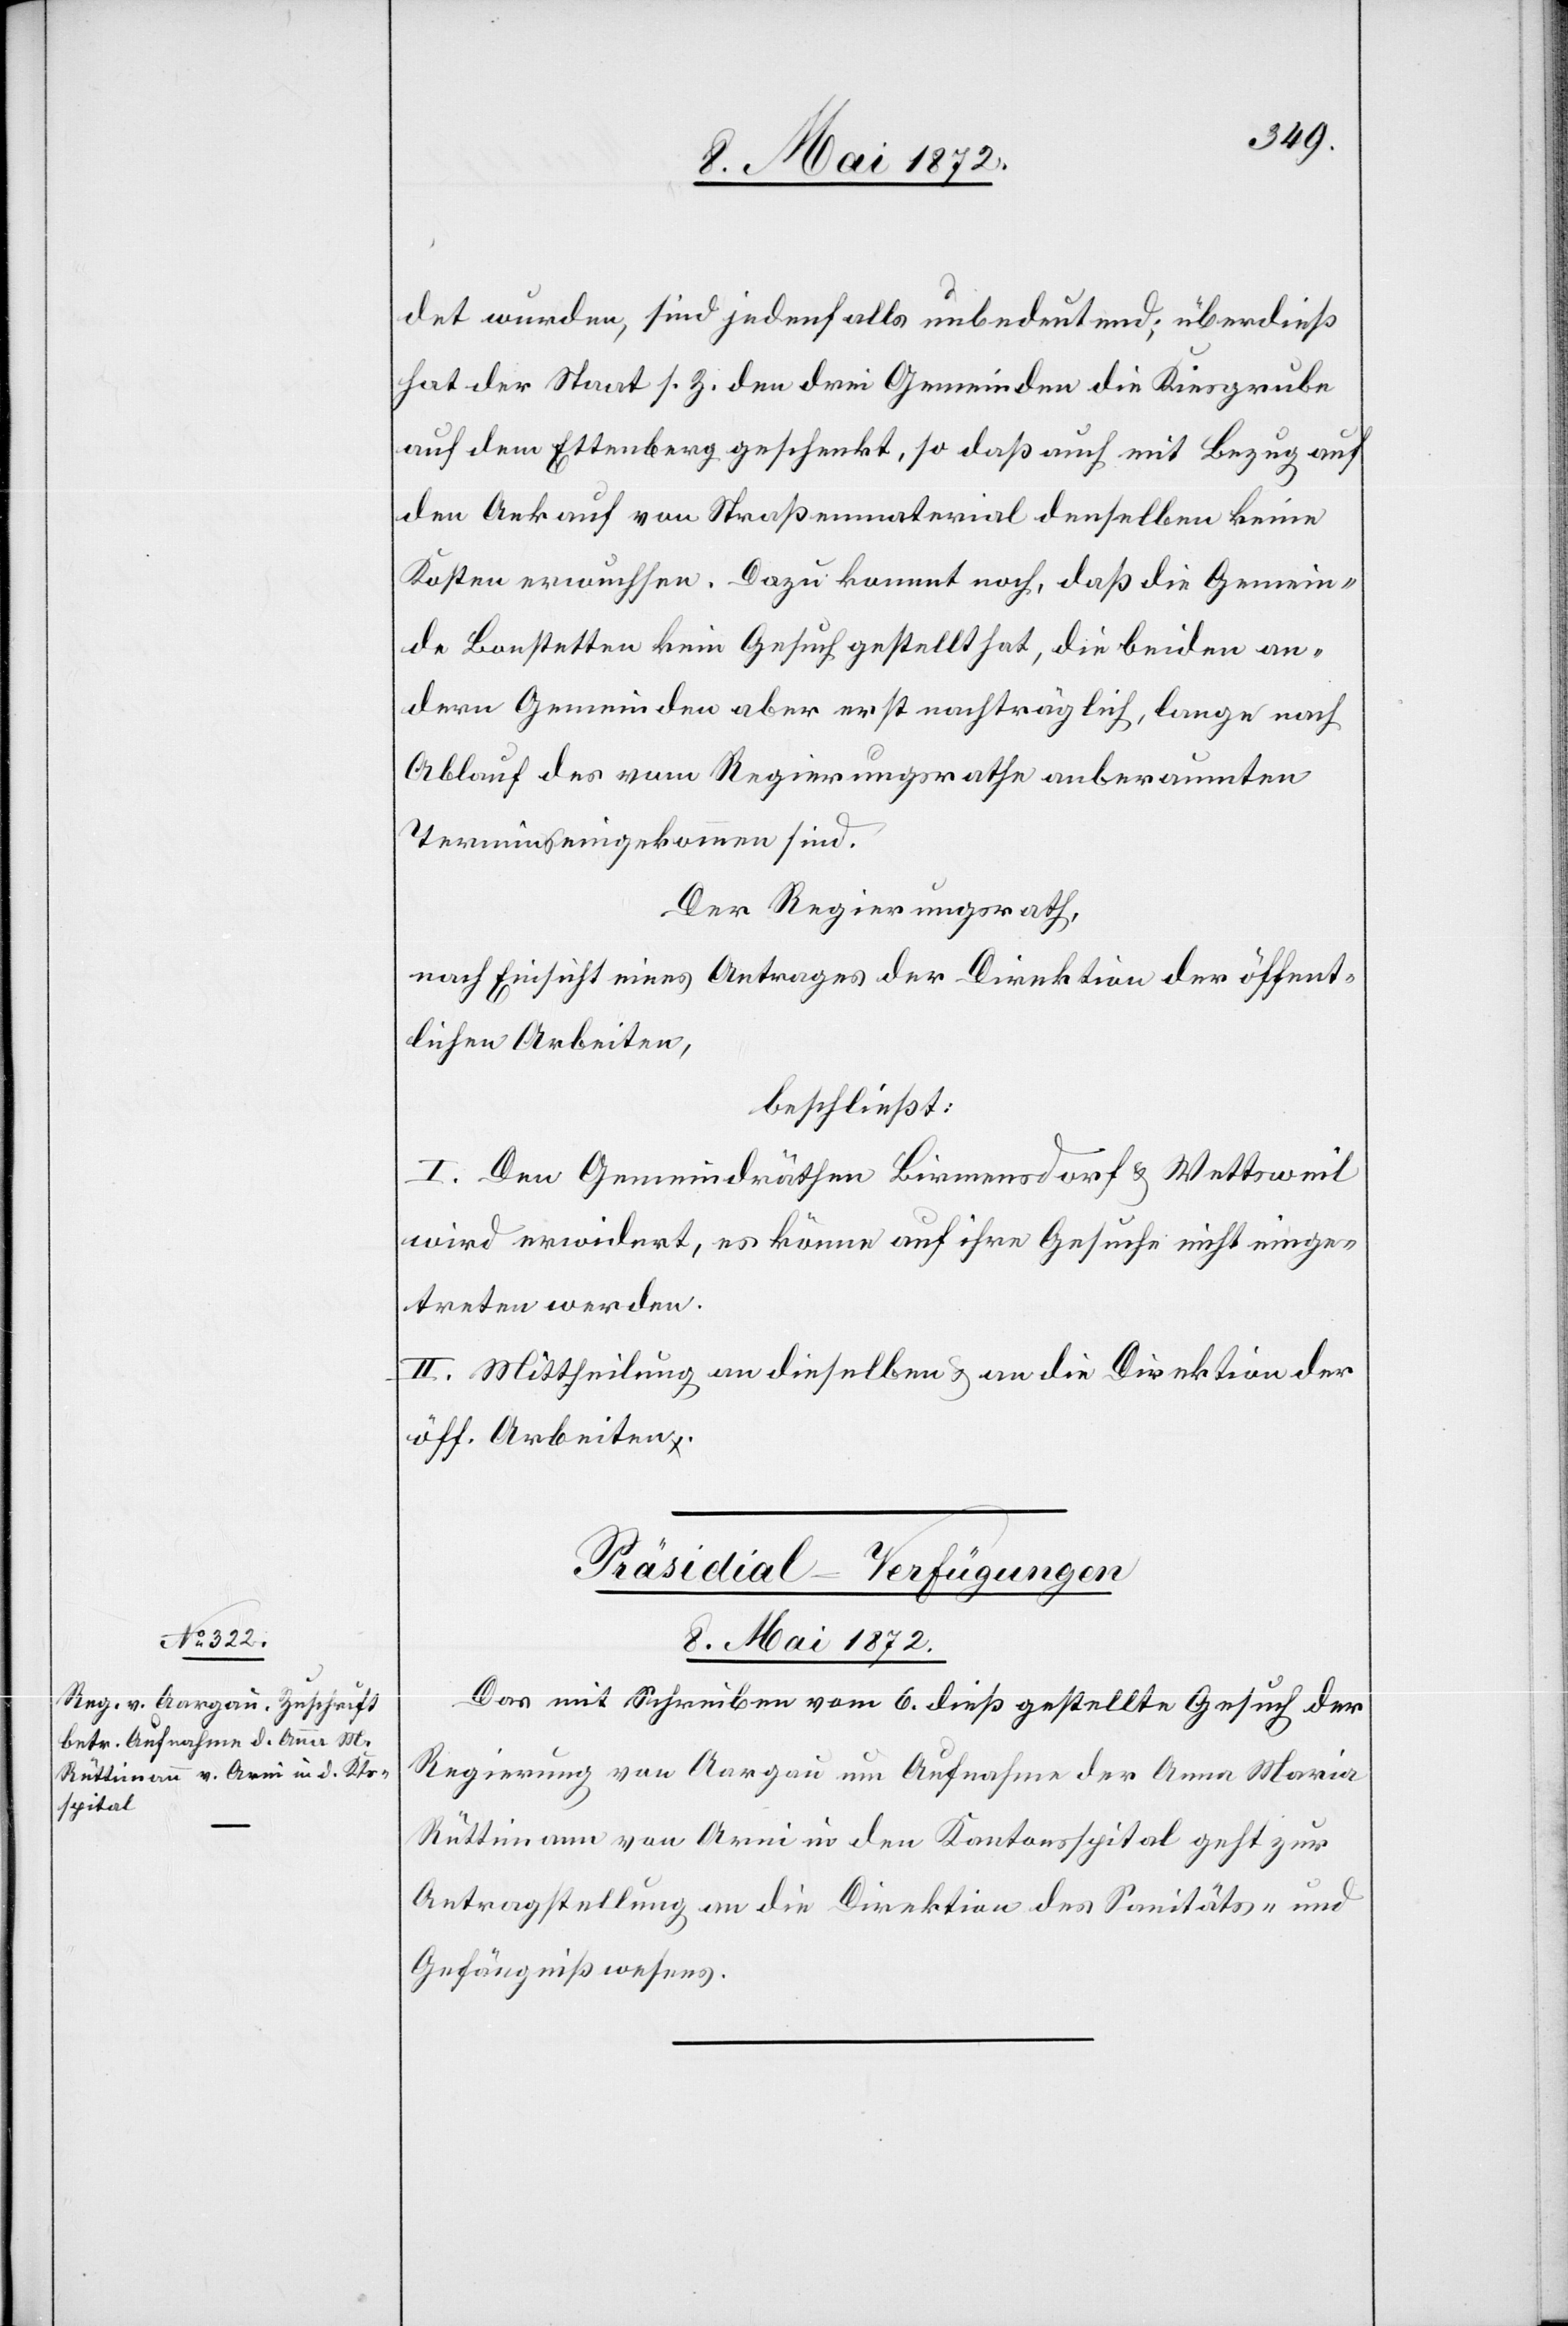
Präsidial-Verfügungen
8. Mai 1872
Das mit Schreiben vom 6. dieß gestellte Gesuch der
Regierung von Aargau um Aufnahme der Anna Maria
Rüttimann von Arni in den Kantonsspital geht zur
Antragstellung an die Direktion des Sanitäts- und
Gefängnißwesens.